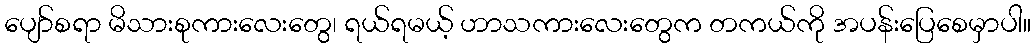
ပျော်စရာ မိသားစုကားလေးတွေ၊ ရယ်ရမယ့် ဟာသကားလေးတွေက တကယ်ကို အပန်းပြေစေမှာပါ။